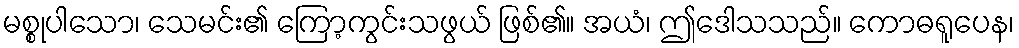
မစ္စုပါသော၊ သေမင်း၏ ကြော့ကွင်းသဖွယ် ဖြစ်၏။ အယံ၊ ဤဒေါသသည်။ ကောဓရူပေန၊